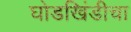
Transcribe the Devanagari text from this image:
घोडखिंडीचा